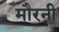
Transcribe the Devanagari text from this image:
मौरनी